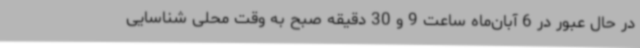
در حال عبور در 6 آبان‌ماه ساعت 9 و 30 دقیقه صبح به وقت محلی شناسایی